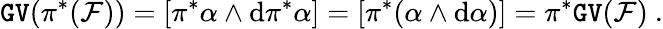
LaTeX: \mathtt{GV}(\pi^{*}({\mathcal F}))=[\pi^{*}\alpha\wedge\mathrm{d}\pi^{*}\alpha]=[\pi^{*}(\alpha\wedge\mathrm{d}\alpha)]=\pi^{*}\mathtt{GV}({\mathcal F})\ .